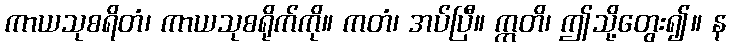
ကာယသုစရိတံ၊ ကာယသုစရိုက်ကို။ ကတံ၊ အပ်ပြီ။ ဣတိ၊ ဤသို့တွေး၍။ န